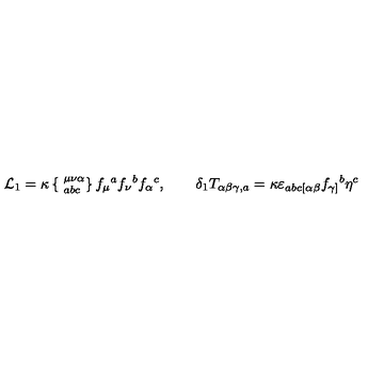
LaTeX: { \cal L } _ { 1 } = \kappa \left\{ \phantom { | } _ { a b c } ^ { \mu \nu \alpha } \right\} f _ { \mu } { } ^ { a } f _ { \nu } { } ^ { b } f _ { \alpha } { } ^ { c } , \qquad \delta _ { 1 } T _ { \alpha \beta \gamma , a } = \kappa \varepsilon _ { a b c [ \alpha \beta } f _ { \gamma ] } { } ^ { b } \eta ^ { c }